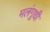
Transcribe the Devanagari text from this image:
मलंगुधी